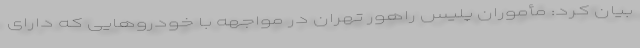
بیان کرد: مأموران پلیس راهور تهران در مواجهه با خودروهایی که دارای